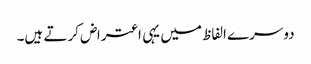
دوسرے الفاظ میں یہی اعتراض کرتے ہیں۔